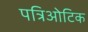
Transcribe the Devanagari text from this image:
पत्रिओटिक